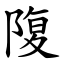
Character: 䧗